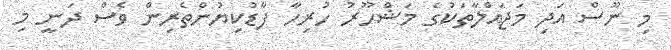
މި ނޫސް އަދި މަޖައްލާތަކުގެ މަޝްހޫރު ހުރިހާ ފާޑުކިޔުންތެރިން ވެސް ދަނީ މި